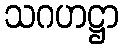
သဂဟဋ္ဌာ